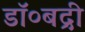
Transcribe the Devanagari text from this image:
डॉ०बद्री